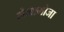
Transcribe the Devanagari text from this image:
लेजामोजा